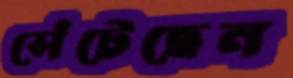
সেঁটেছেন